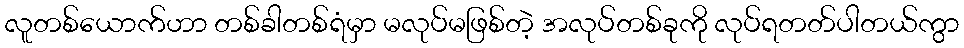
လူတစ်ယောက်ဟာ တစ်ခါတစ်ရံမှာ မလုပ်မဖြစ်တဲ့ အလုပ်တစ်ခုကို လုပ်ရတတ်ပါတယ်ကွာ